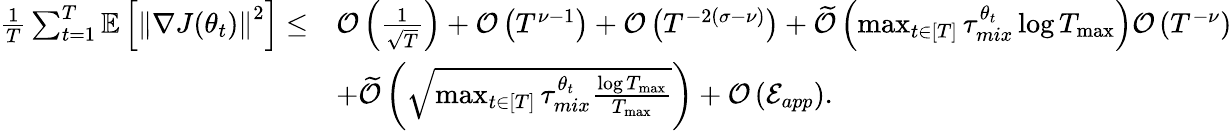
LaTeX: \begin{array}{rl}{\frac{1}{T}\sum_{t=1}^{T}\mathbb{E}\left[\left\lVert\nabla J(\theta_{t})\right\rVert^{2}\right]\leq}&{\mathcal{O}\left(\frac{1}{\sqrt{T}}\right)+\mathcal{O}\left(T^{\nu-1}\right)+\mathcal{O}\left(T^{-2(\sigma-\nu)}\right)+\widetilde{\mathcal{O}}\left(\operatorname*{max}_{t\in[T]}\tau_{mix}^{\theta_{t}}\log T_{\operatorname*{max}}\right)\mathcal{O}\left(T^{-\nu}\right)}\\ &{+\widetilde{\mathcal{O}}\left(\sqrt{\operatorname*{max}_{t\in[T]}\tau_{mix}^{\theta_{t}}\frac{\log T_{\operatorname*{max}}}{T_{\operatorname*{max}}}}\right)+\mathcal{O}\left(\mathcal{E}_{app}\right).}\end{array}